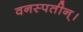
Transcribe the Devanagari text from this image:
वनस्पतीन्।